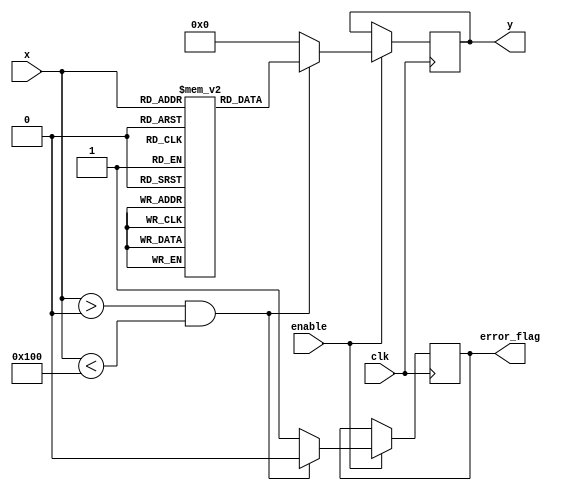
module LogarithmicFunctionGenerator (
    input wire clk,              // Clock signal
    input wire enable,           // Enable signal
    input wire [7:0] x,          // 8-bit input signal (0 to 255)
    output reg [7:0] y,          // 8-bit output signal (logarithm result)
    output reg error_flag        // Error flag for invalid input
);

    // Lookup table for log2 values (for simplicity)
    reg [7:0] log_lut [0:255];   // LUT for log values (0-255)
    
    initial begin
        // Initialize the LUT with log2 values (scaled)
        // log_lut[i] = log2(i) * 16 (scaled for fixed-point representation)
        log_lut[0] = 8'hFF; // Undefined for log(0), set error
        log_lut[1] = 8'h00; // log2(1) = 0
        log_lut[2] = 8'h10; // log2(2) = 1
        log_lut[3] = 8'h20; // log2(3)  1.585
        // Continue filling the LUT for other values...
        // For simplicity, we will skip some values
        log_lut[255] = 8'hFF; // Max value, set error
    end

    always @(posedge clk) begin
        if (enable) begin
            if (x > 0 && x < 256) begin
                y <= log_lut[x]; // Get log value from LUT
                error_flag <= 0;  // No error
            end else begin
                y <= 8'h00;        // Default output for invalid input
                error_flag <= 1;   // Set error flag
            end
        end
    end

endmodule